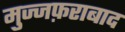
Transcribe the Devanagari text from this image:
मुज्जफ़राबाद